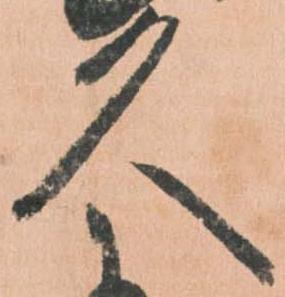
久